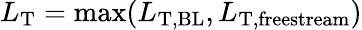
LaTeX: L_{\mathrm{T}}=\operatorname*{max}(L_{\mathrm{T},\mathrm{BL}},L_{\mathrm{T},\mathrm{freestream}})